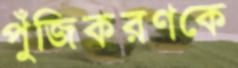
পুঁজিকরণকে